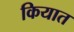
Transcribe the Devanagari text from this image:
कियात